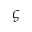
\varsigma